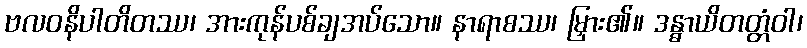
ဗလဝနိပါတိတဿ၊ အားကုန်ပစ်ချအပ်သော။ နာရာစဿ၊ မြှား၏။ ဒန္ဓာယိတတ္တံဝါ၊